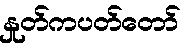
နှုတ်ကပတ်တော်